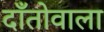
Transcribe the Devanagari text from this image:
दाँतोवाला